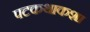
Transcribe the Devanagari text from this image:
पटकथाकशा